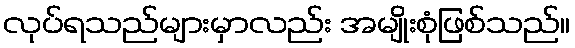
လုပ်ရသည်များမှာလည်း အမျိုးစုံဖြစ်သည်။